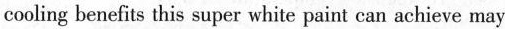
cooling benefits this super white paint can achieve may